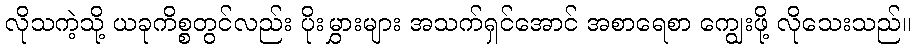
လိုသကဲ့သို့ ယခုကိစ္စတွင်လည်း ပိုးမွှားများ အသက်ရှင်အောင် အစာရေစာ ကျွေးဖို့ လိုသေးသည်။